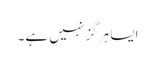
ایسا ہرگز نہیں ہے۔